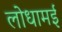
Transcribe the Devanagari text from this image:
लोधामई